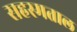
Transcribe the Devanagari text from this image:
सहस्मताल